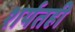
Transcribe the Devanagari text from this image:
शर्यतही